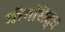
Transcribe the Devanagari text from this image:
योगसिद्ध